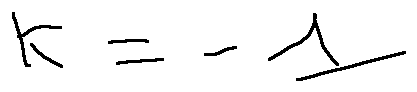
k = - 1